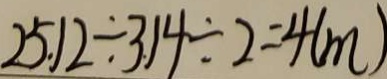
2 5 . 1 2 \div 3 . 1 4 \div 2 = 4 ( m )